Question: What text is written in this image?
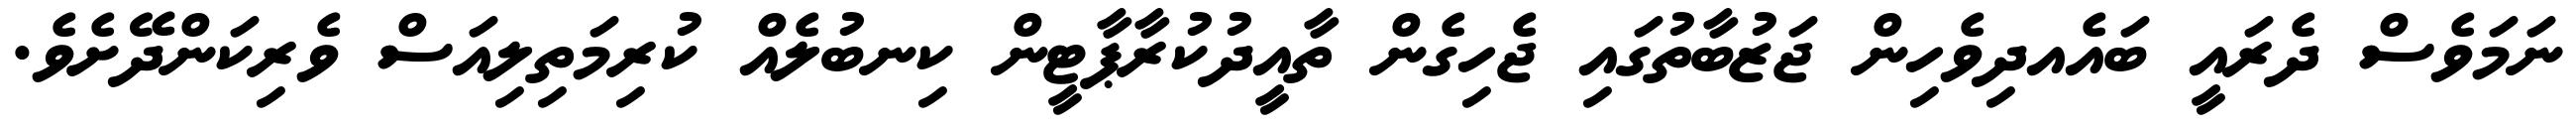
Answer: ނަމަވެސް ދެރައީ ބައެއދިވެހިން ޖަޒުބާތުގައި ޖެހިގެން ތާއީދުކުރާޕާޓީން ކިނބުލެއް ކުރިމަތިލިއަސް ވެރިކަންދޭށެވެ.